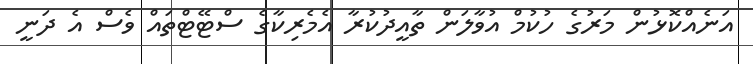
އަނެއްކޮޅުން މަރުގެ ހުކުމް އުވާލަން ތާއީދުކުރާ އެމެރިކާގެ ސްޓޭޓްތައް ވެސް އެ ދަނީ